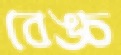
বেঙ্চ